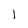
Character: 1